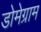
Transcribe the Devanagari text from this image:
डोमेग्राम